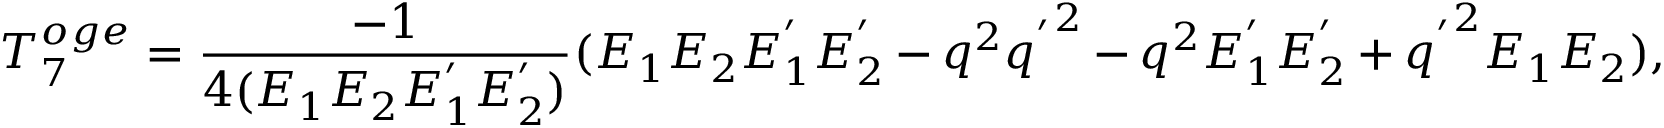
T _ { 7 } ^ { o g e } = { \frac { - 1 } { 4 ( E _ { 1 } E _ { 2 } E _ { 1 } ^ { ' } E _ { 2 } ^ { ' } ) } } ( E _ { 1 } E _ { 2 } E _ { 1 } ^ { ' } E _ { 2 } ^ { ' } - q ^ { 2 } { q ^ { ' } } ^ { 2 } - q ^ { 2 } E _ { 1 } ^ { ' } E _ { 2 } ^ { ' } + { q ^ { ' } } ^ { 2 } E _ { 1 } E _ { 2 } ) ,